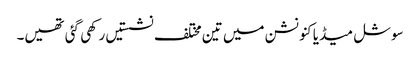
سوشل میڈیا کنونشن میں تین مختلف نشستیں رکھی گئی تھیں۔